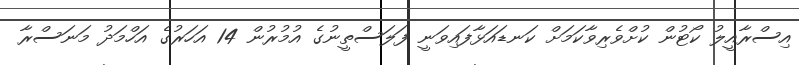
އިސްރާއީލު ކޯޓުން ކުށްވެރިވާކަމަށް ކަނޑައަޅާފައިވަނީ ފަލަސްތީނުގެ އުމުރުން 14 އަހަރުގެ އަހްމަދު މަނަސްރާ